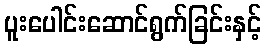
ပူးပေါင်းဆောင်ရွက်ခြင်းနှင့်